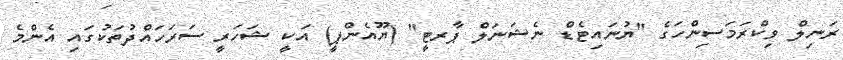
ރަނިލް ވިކްރަމަސިންހަގެ "ޔުނައިޓެޑް ނެޝަނަލް ޕާރޓީ" (ޔޫއެންޕީ) އަކީ ޝަހަރީ ސަރަހައްދުތަކުގައި އެންމެ